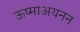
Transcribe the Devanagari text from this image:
ऊष्माअयनन